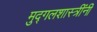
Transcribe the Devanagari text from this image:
मुद्गलशास्त्रींनी